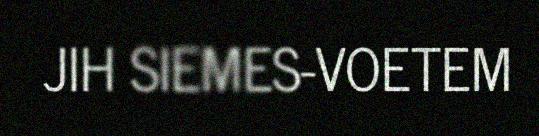
JIH SIEMES-VOETEM